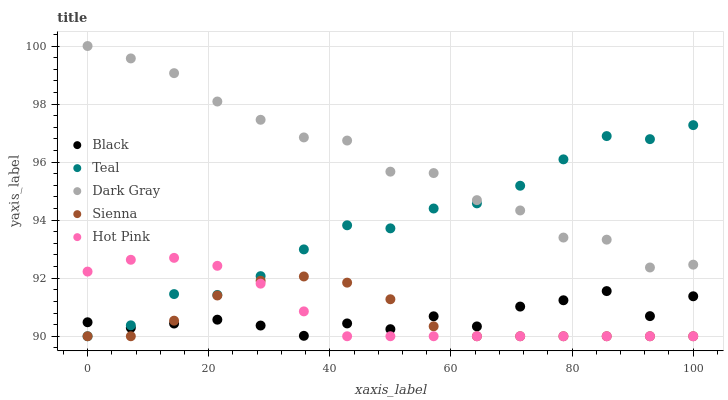
| xaxis_label | Black | Teal | Dark Gray | Sienna | Hot Pink |
 | --- | --- | --- | --- | --- | --- |
 | 0 | 90.5 | 90 | 100 | 90 | 92.2 |
 | 7.14 | 90.3 | 90.4 | 99.6 | 90 | 92.6 |
 | 14.3 | 90.4 | 91.5 | 99.1 | 90.5 | 92.7 |
 | 21.4 | 90.6 | 91.4 | 98.1 | 91.4 | 92.4 |
 | 28.6 | 90.4 | 92.1 | 97.5 | 91.9 | 91.8 |
 | 35.7 | 90 | 93 | 96.9 | 92.1 | 90.9 |
 | 42.9 | 90.4 | 93.8 | 96.7 | 91.8 | 90 |
 | 50 | 90.2 | 93.7 | 95.7 | 91.3 | 90 |
 | 57.1 | 90.7 | 94.4 | 95.6 | 90.3 | 90 |
 | 64.3 | 90.3 | 94.6 | 94.7 | 90 | 90 |
 | 71.4 | 91 | 95.2 | 94.3 | 90 | 90 |
 | 78.6 | 91.2 | 96.1 | 93.4 | 90 | 90 |
 | 85.7 | 91.6 | 96.9 | 93.3 | 90 | 90 |
 | 92.9 | 90.7 | 96.8 | 92.4 | 90 | 90 |
 | 100 | 91.4 | 97.3 | 92.5 | 90 | 90 |